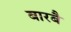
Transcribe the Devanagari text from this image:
बारबै